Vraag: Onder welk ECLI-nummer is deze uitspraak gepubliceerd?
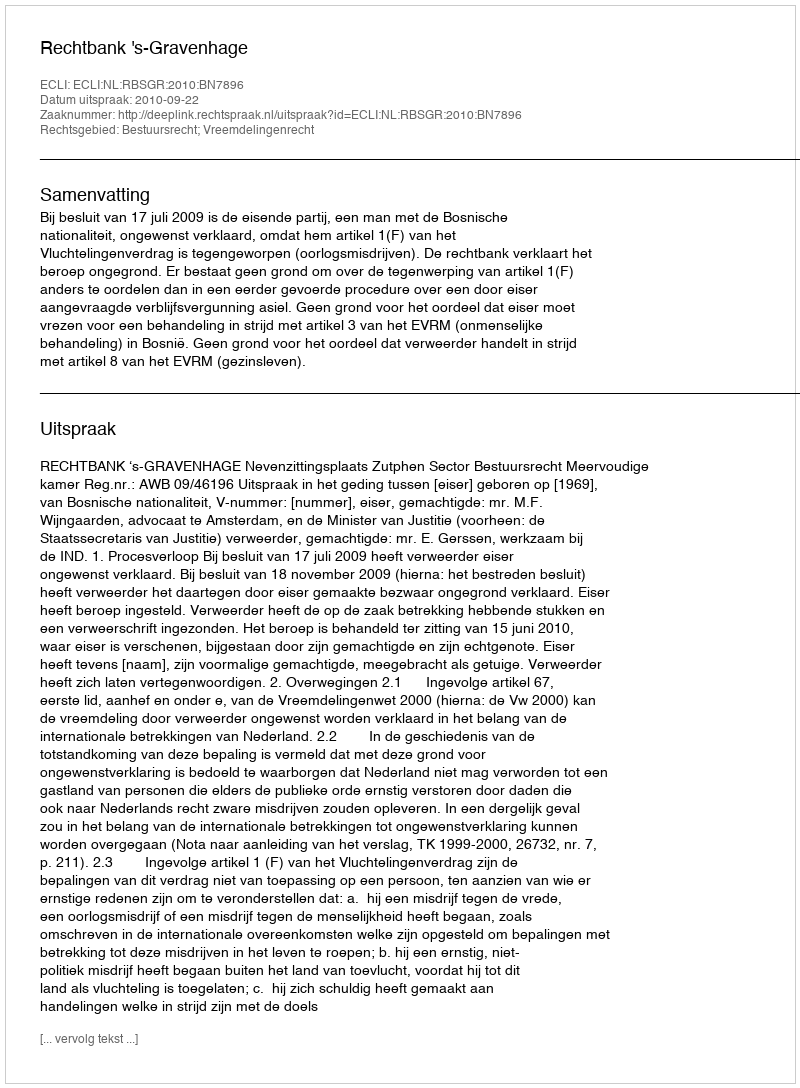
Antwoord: ECLI:NL:RBSGR:2010:BN7896